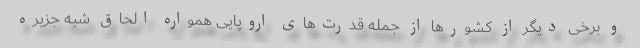
و برخی دیگر از کشورها از جمله قدرت‌های اروپایی همواره الحاق شبه جزیره